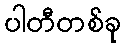
ပါတီတစ်ခု